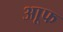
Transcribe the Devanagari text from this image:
आूफ